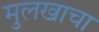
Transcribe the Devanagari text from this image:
मुलखाचा